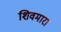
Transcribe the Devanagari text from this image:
शिवमारा